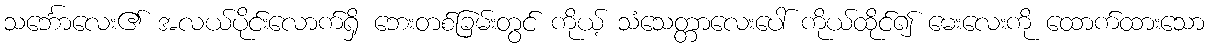
သင်္ဘောလေး၏ အလယ်ပိုင်းလောက်ရှိ ဘေးတစ်ခြမ်းတွင် ကိုယ့် သံသေတ္တာလေးပေါ် ကိုယ်ထိုင်၍ မေးလေးကို ထောက်ထားသော